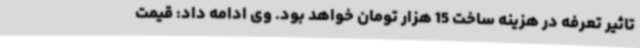
تاثیر تعرفه در هزینه ساخت 15 هزار تومان خواهد بود. وی ادامه داد: قیمت